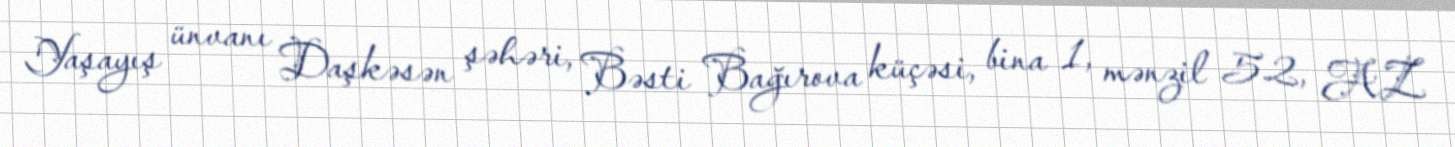
Yaşayış ünvanı Daşkəsən şəhəri, Bəsti Bağırova küçəsi, bina 1, mənzil 52, AZ